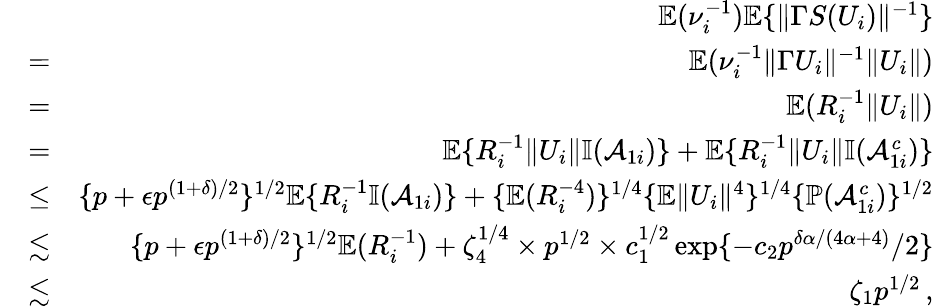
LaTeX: \begin{array}{rlr}&{}&{{\mathbb{E}}(\nu_{i}^{-1}){\mathbb{E}}\{ \| \Gamma S(U_{i})\| ^{-1}\} }\\ &{=}&{{\mathbb{E}}(\nu_{i}^{-1}\| \Gamma U_{i}\| ^{-1}\| U_{i}\| )}\\ &{=}&{{\mathbb{E}}(R_{i}^{-1}\| U_{i}\| )}\\ &{=}&{{\mathbb{E}}\{ R_{i}^{-1}\| U_{i}\| {\mathbb{I}}(\mathcal{A}_{1i})\} +{\mathbb{E}}\{ R_{i}^{-1}\| U_{i}\| {\mathbb{I}}(\mathcal{A}_{1i}^{c})\} }\\ &{\leq}&{\{ p+\epsilon p^{(1+\delta)/2}\} ^{1/2}{\mathbb{E}}\{ R_{i}^{-1}{\mathbb{I}}(\mathcal{A}_{1i})\} +\{ {\mathbb{E}}(R_{i}^{-4})\} ^{1/4}\{ {\mathbb{E}}\| U_{i}\| ^{4}\} ^{1/4}\{ {\mathbb{P}}(\mathcal{A}_{1i}^{c})\} ^{1/2}}\\ &{\lesssim}&{\{ p+\epsilon p^{(1+\delta)/2}\} ^{1/2}{\mathbb{E}}(R_{i}^{-1})+\zeta_{4}^{1/4}\times p^{1/2}\times c_{1}^{1/2}\exp\{ -c_{2}p^{\delta\alpha/(4\alpha+4)}/2\} }\\ &{\lesssim}&{\zeta_{1}p^{1/2}\, ,}\end{array}